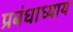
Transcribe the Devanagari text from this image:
प्रबंधाध्याय